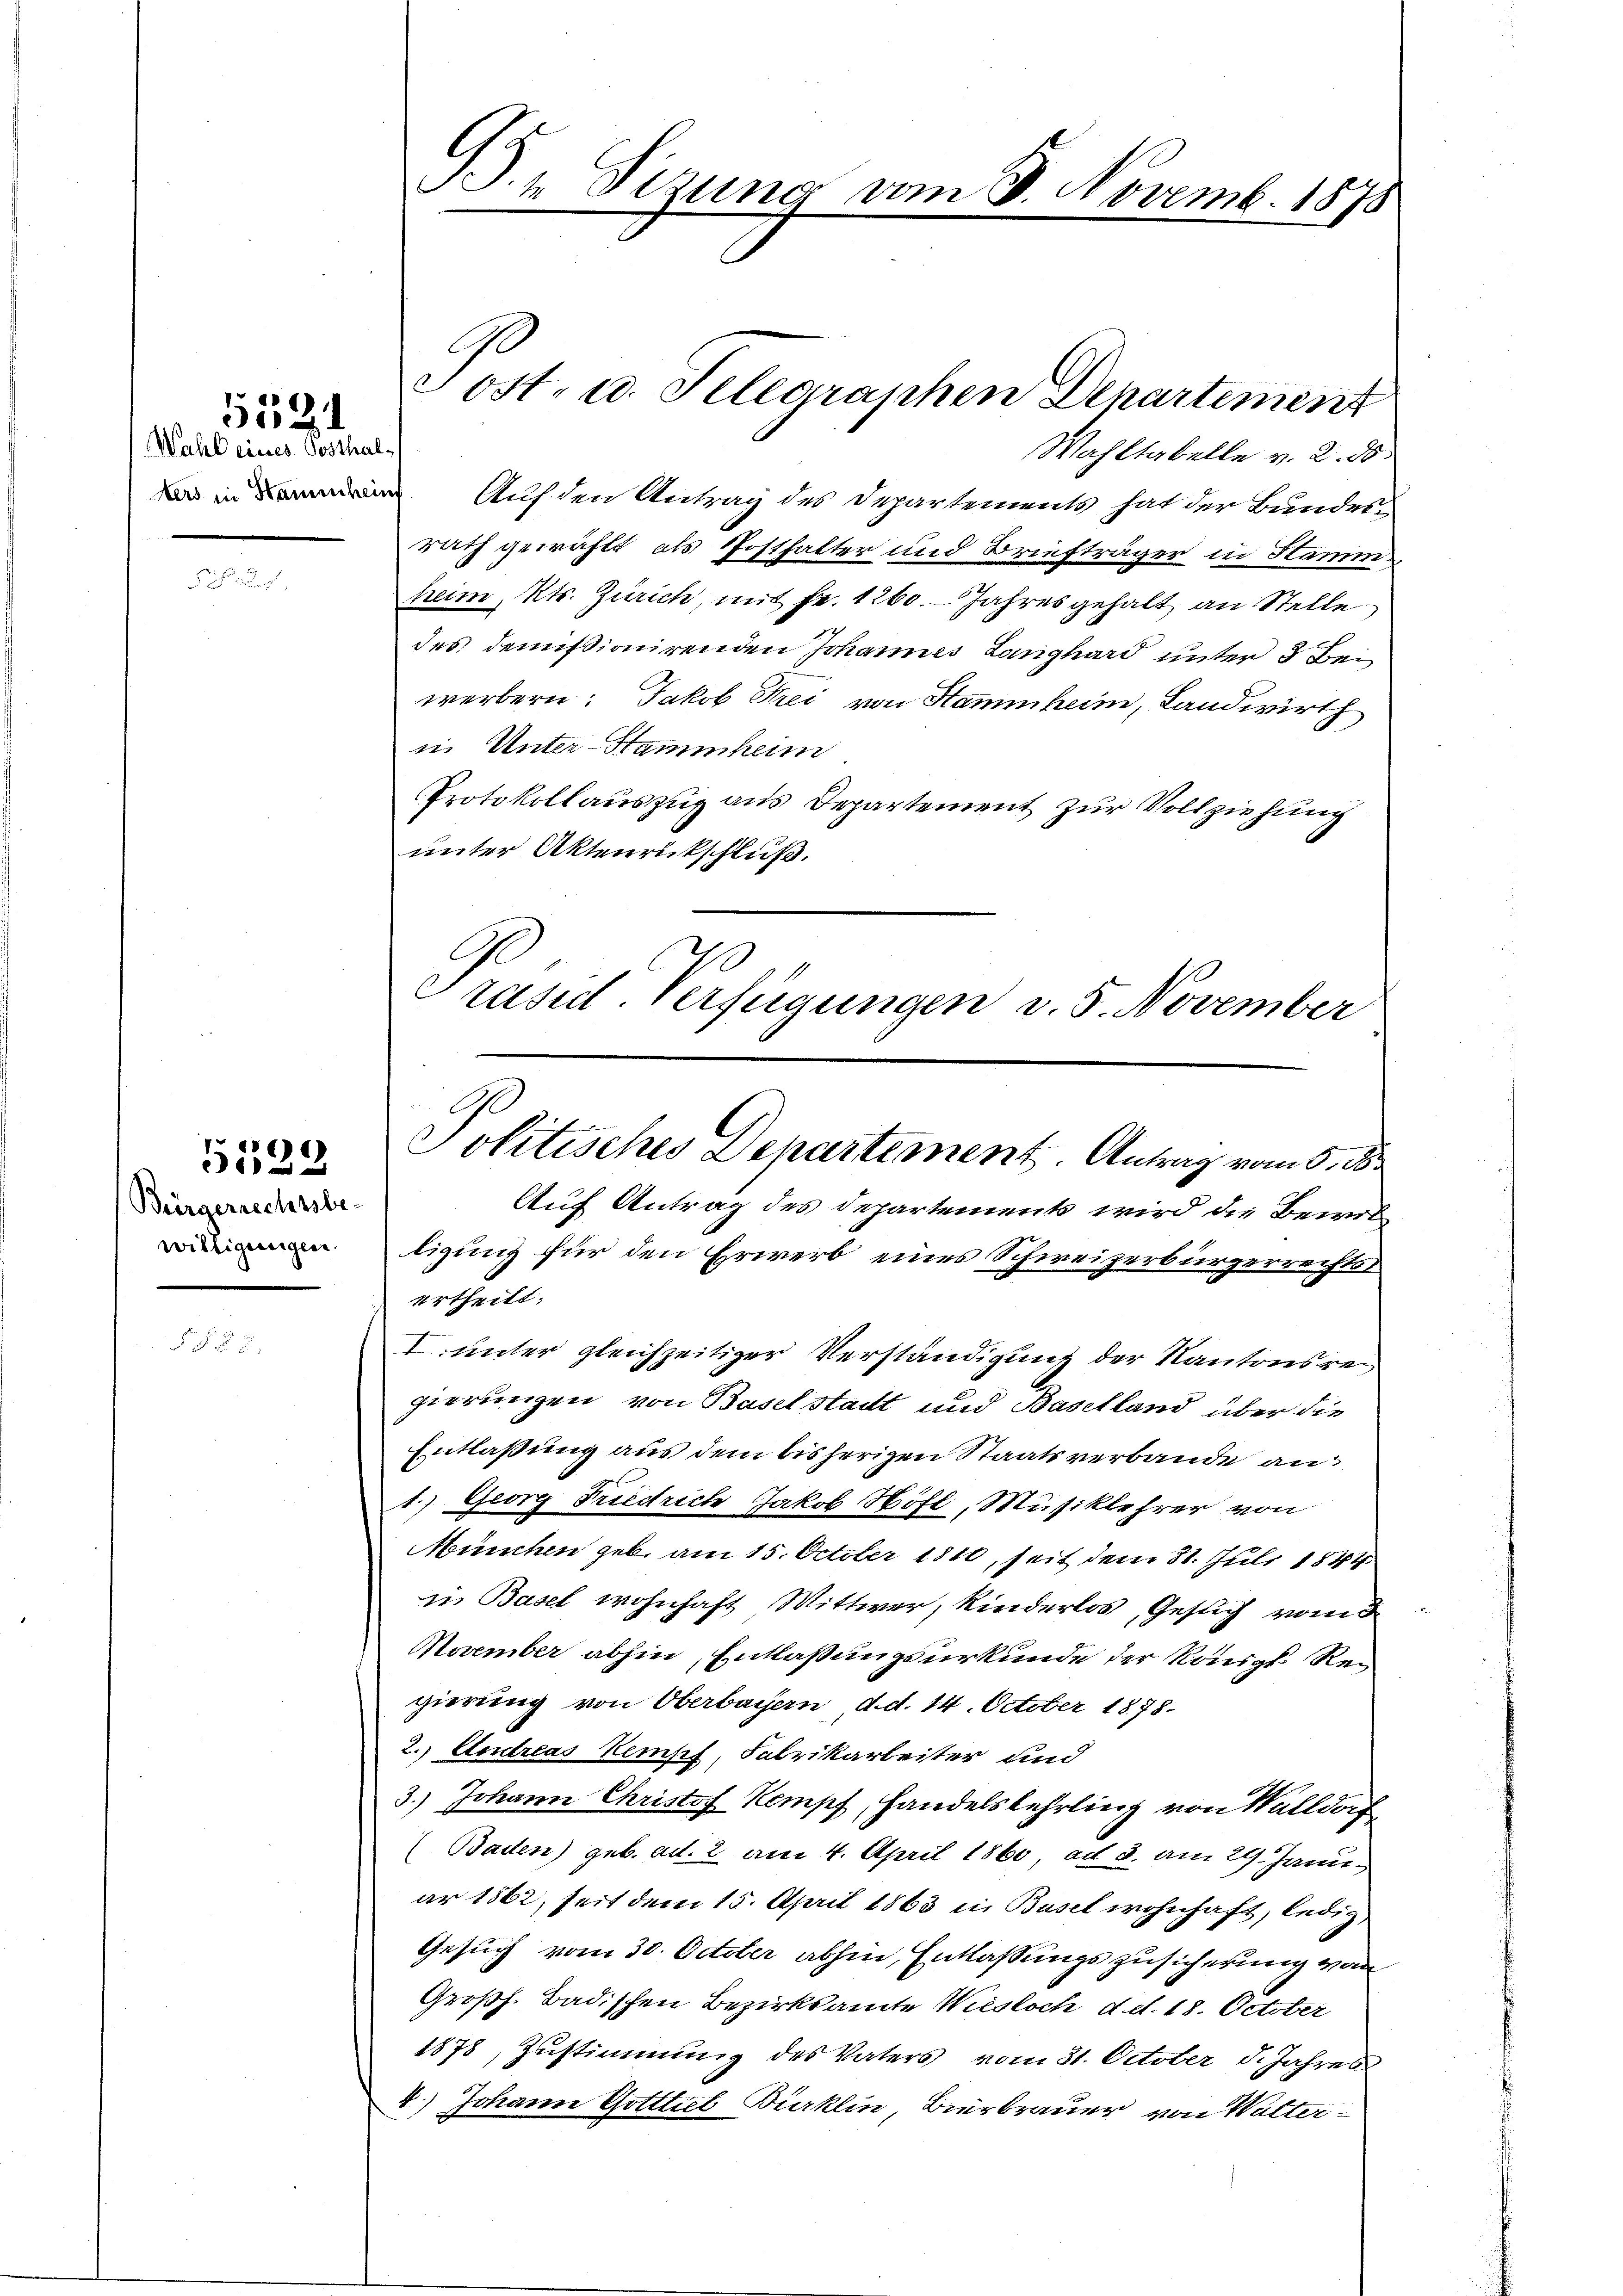
Wahl eines Posthal-

5521

Bürgerrechtsbe-
willigungen

6)

l
IS. 1 Tizung vom 8. Novemb. 1878

Wahltabelle v. 2. ds
  Auf den Antrag des Departements hat der Bundes-
rath gewählt, als Posthalter und Briefträger in Stamm
heim, Kts. Zürich, mit Fr. 1260. Jahres gehalt an Stelle
des demissionirenden Johannes Langhard unter 3 Beiwerbern: Jakob Frei von Stammheim, Landwirth
in. Unter-Stammheim.
Protokollauszug aus Departement zur Vollziehung
unter Aktenrückschluß.
W
Präsid. Verfügungen v. 5. November

ost, u. Selegraphen Departement

xx
Politisches Departement. Antrag vom 5. ds.

Auf Antrag des Departements wird die Bewilligung für den Erwerb eines Schweizerbürgerrechtsurtheilt:
I unter gleichzeitiger Verständigung der Kantonsregierungen von Baselstadt und Baselland über die
Entlassung aus dem bisherigen Staatsverbande an
1.) Georg Friedrich Jakob Höfe, Musiklehrer von
München geb. am 15. October 1840, seit dem 31. Juli 1844
in Basel wohnhaft Wittwer, Kinderlos, Gesuch vom 3
November abhin, Entlaßungsurkunde der Königl Rei
gierung von Oberbauern d. d. 14. October 1878.
2.) Andreas Tempf, Fabrikarbeiter und
3.) Johann Christof Kompf, Handelslehrling von Walldor
(Baden) geb. ad. 2 am 4. April 1860, ad 3. am 29. Januar 1862, seit dem 15. April 1863 in Basel wohnhaft, ledig
Gesuch vom 30. October abhin, Entlassungszusicherung vom
Großh. Badischen Bezirksamte Wiesloch d. d. 18. October
1878, Zustimmung des Vaters vom 31. October d. Jahres
2.) Johann Gottlieb Bürklin, Bierbrauer von Walter¬